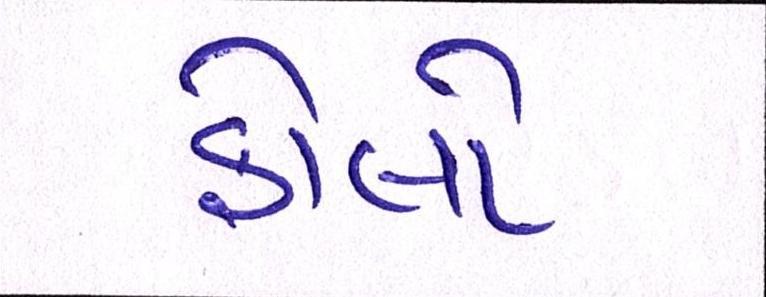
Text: ફોલો